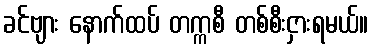
ခင်ဗျား နောက်ထပ် တက္ကစီ တစ်စီးငှားရမယ်။